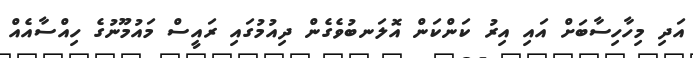
އަދި މިހާހިސާބަށް އައި އިރު ކަންކަން އޮލަނބުވެގެން ދިއުމުގައި ރައީސް މައުމޫނުގެ ހިއްސާއެއް